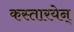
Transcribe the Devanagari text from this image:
कस्तारयेन्